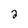
Character: 2